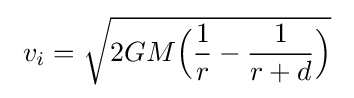
\ v_{i}={\sqrt {2GM{\Big (}{\frac {1}{r}}-{\frac {1}{r+d}}{\Big )}}}\